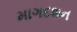
માગદશન